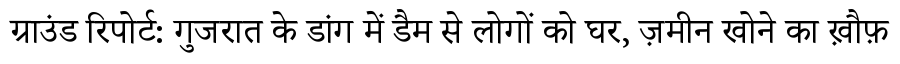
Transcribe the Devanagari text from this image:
ग्राउंड रिपोर्ट: गुजरात के डांग में डैम से लोगों को घर, ज़मीन खोने का ख़ौफ़